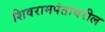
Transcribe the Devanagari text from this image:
शिवरामपंतांवरील